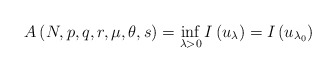
\begin{align*}A\left( N,p,q,r,\mu,\theta,s\right) =\inf_{\lambda>0}I\left( u_{\lambda}\right) =I\left( u_{\lambda_{0}}\right)\end{align*}